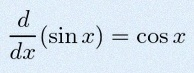
\frac{d}{dx}(\sin x)=\cos x